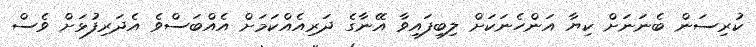
ކުރިސަން ބެނަނަށް ކިޔާ އަންހެނަކަށް ލިބިފައިވާ އޭނާގެ ދަރިއެއްކަމަށް އެއްބަސްވެ އެދަރިފުޅަށް ވެސް